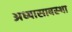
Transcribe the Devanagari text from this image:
अध्यासावस्था